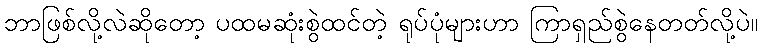
ဘာဖြစ်လို့လဲဆိုတော့ ပထမဆုံးစွဲထင်တဲ့ ရုပ်ပုံများဟာ ကြာရှည်စွဲနေတတ်လို့ပဲ။